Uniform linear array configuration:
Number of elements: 24
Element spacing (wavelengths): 0.75
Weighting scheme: blackman
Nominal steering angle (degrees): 30
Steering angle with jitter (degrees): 28.632
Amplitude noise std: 0.05
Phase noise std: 0.05

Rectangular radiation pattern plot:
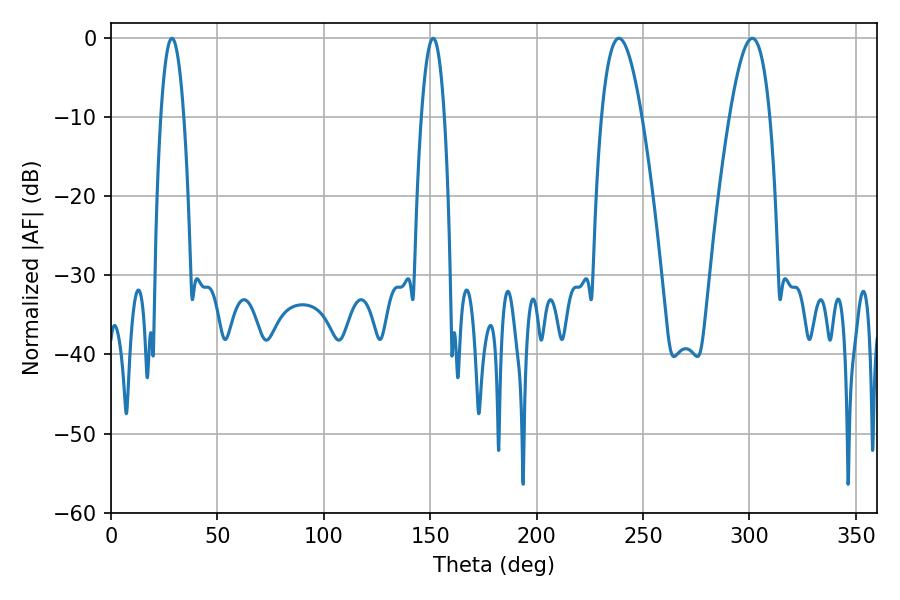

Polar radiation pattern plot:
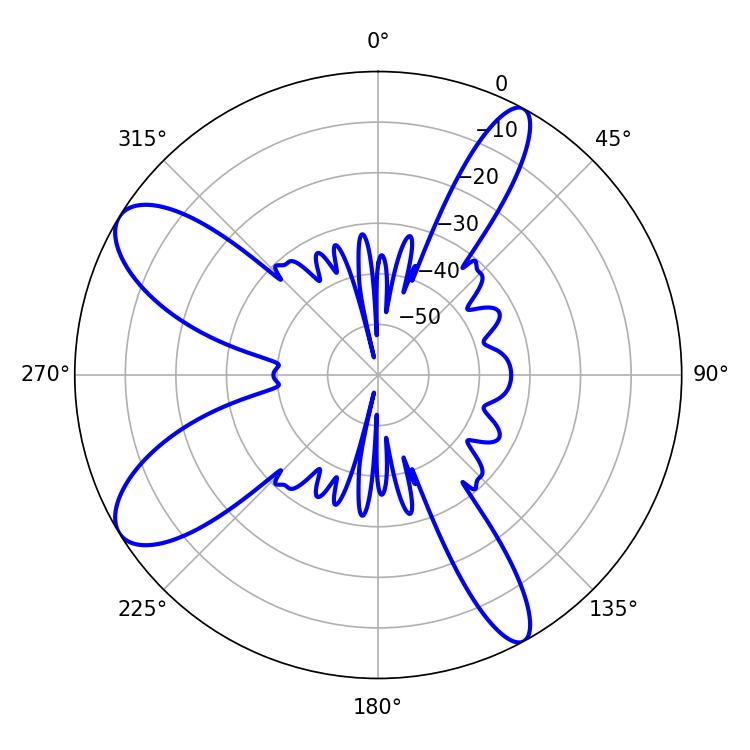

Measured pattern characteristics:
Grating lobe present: TRUE
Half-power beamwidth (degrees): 10.44
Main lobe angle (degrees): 301.32